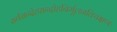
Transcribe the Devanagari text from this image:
सर्वसन्देहसन्दोहनिर्मूलनविचक्षणः